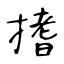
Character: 搘